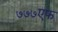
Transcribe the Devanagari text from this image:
७७७एफ